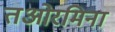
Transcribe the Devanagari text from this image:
तओरमिना